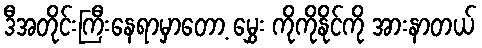
ဒီအတိုင်းကြီးနေရာမှာတော့ မွှေး ကိုကိုနိုင်ကို အားနာတယ်